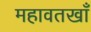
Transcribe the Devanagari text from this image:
महावतखाँ